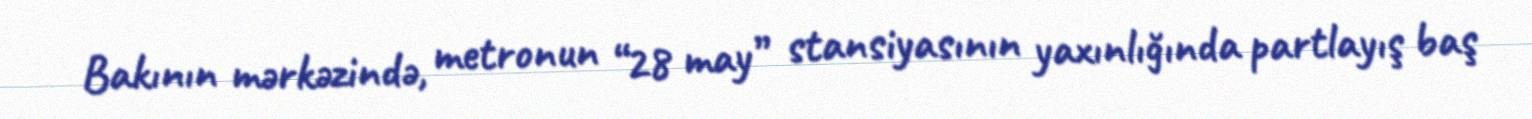
Bakının mərkəzində, metronun “28 may” stansiyasının yaxınlığında partlayış baş